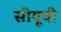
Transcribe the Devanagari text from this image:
सीयूवी